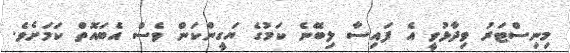
މިނިސްޓަރު ވިދާޅުވީ އެ ފައިސާ ލިބޭނެ ކަމުގެ ޔަގީންކަން ވެސް އެބައޮތް ކަމަށެވެ.